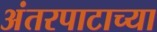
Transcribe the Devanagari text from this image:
अंतरपाटाच्या